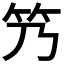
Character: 𬔬